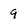
Character: 9